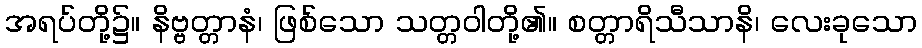
အရပ်တို့၌။ နိဗ္ဗတ္တာနံ၊ ဖြစ်သော သတ္တဝါတို့၏။ စတ္တာရိသီသာနိ၊ လေးခုသော